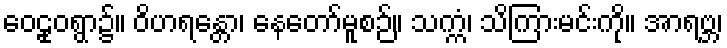
ဝေဠုဝရွာ၌။ ဝိဟရန္တော၊ နေတော်မူစဉ်။ သက္ကံ၊ သိကြားမင်းကို။ အာရဗ္ဘ၊